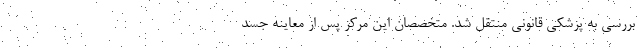
بررسی به پزشکی قانونی منتقل شد. متخصصان این مرکز پس از معاینه جسد